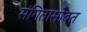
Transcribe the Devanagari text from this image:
संगितासोबत